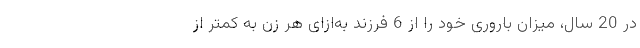
در 20 سال، میزان باروری خود را از 6 فرزند به‌ازای هر زن به کمتر از